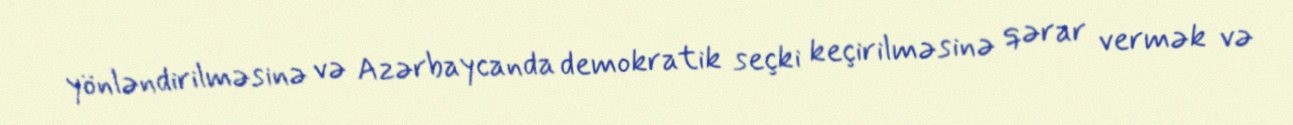
yönləndirilməsinə və Azərbaycanda demokratik seçki keçirilməsinə qərar vermək və